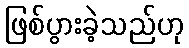
ဖြစ်ပွားခဲ့သည်ဟု